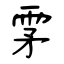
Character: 雺